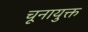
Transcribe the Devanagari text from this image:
चूनायुक्त